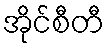
အိုင်စီတီ